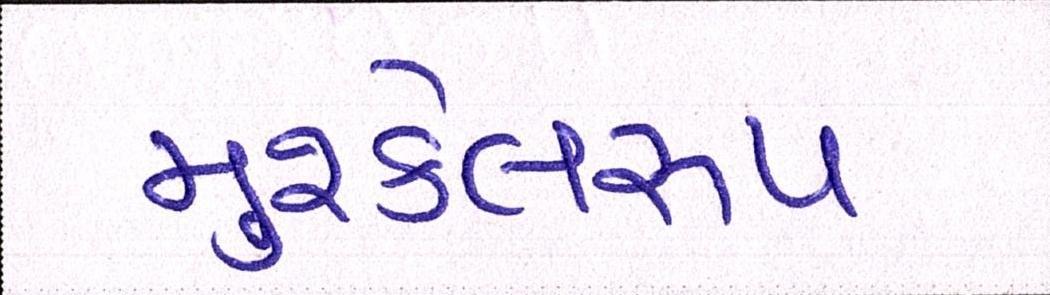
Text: મુશ્કેલરૂપ